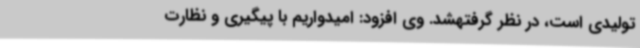
تولیدی است، در نظر گرفتهشد. وی افزود: امیدواریم با پیگیری و نظارت